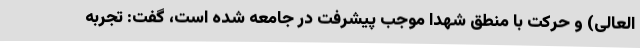
العالی) و حرکت با منطق شهدا موجب پیشرفت در جامعه شده است، گفت: تجربه